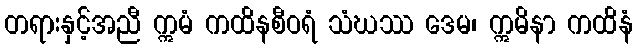
တရားနှင့်အညီ ဣမံ ကထိနစီဝရံ သံဃဿ ဒေမ၊ ဣမိနာ ကထိနံ